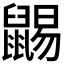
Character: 𪕩